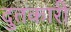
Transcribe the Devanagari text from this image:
दुतकारी